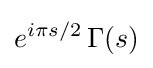
e^{i\pi s/2}\,\Gamma (s)